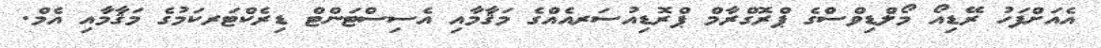
އެއަށްފަހު ރޭޑިއޯ މޯލްޑިވްސްގެ ޕްރޮގްރާމް ޕްރޮޑިއުސަރއެއްގެ މަޤާމާއި އެސިސްޓަންޓް ޑިރެކްޓަރކަމުގެ މަޤާމާއި އެމް.